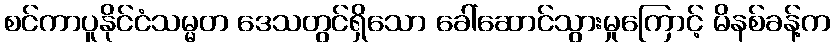
စင်ကာပူနိုင်ငံသမ္မတ ဒေသတွင်ရှိသော ခေါ်ဆောင်သွားမှုကြောင့် မိနစ်ခန့်က